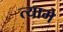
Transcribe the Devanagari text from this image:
त्यामे